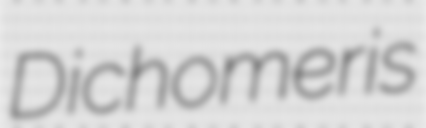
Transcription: Dichomeris